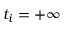
t _ { i } = + \infty